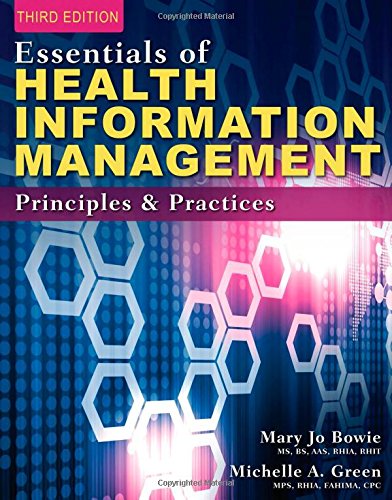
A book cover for Essentials of Health Information Management: Principles and Practices; Mary Jo Bowie; Medical Books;